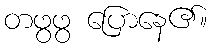
တဖွဖွ ပြောနေ၏။